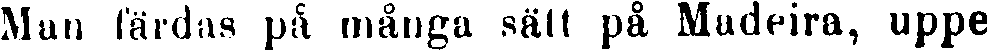
Man färdas på många sätt på Madeira, uppe